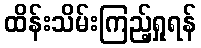
ထိန်းသိမ်းကြည့်ရှုရန်